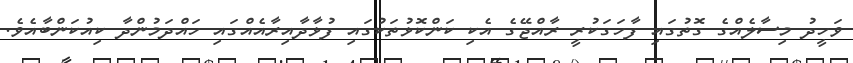
ވަހީދު މިސާލެއްގެ ގޮތުގައި ފާހަގަކުރީ ރާއްޖޭގެ އެކި ކަންކޮޅުތަކުގައި ފުޅާދާއިރާއެއްގައި ހައްދަމުންދާ ކިއުކަންބާއެވެ.